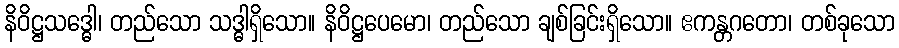
နိဝိဋ္ဌသဒ္ဓေါ၊ တည်သော သဒ္ဓါရှိသော။ နိဝိဋ္ဌပေမော၊ တည်သော ချစ်ခြင်းရှိသော။ ဧကန္တဂတော၊ တစ်ခုသော